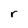
Character: r